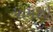
પામશો